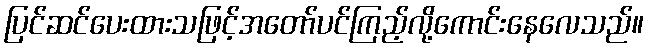
ပြင်ဆင်ပေးထားသဖြင့်အတော်ပင်ကြည့်လို့ကောင်းနေလေသည်။